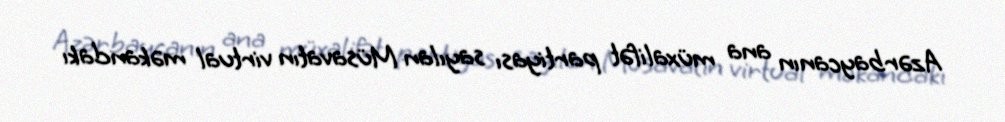
Azərbaycanın ana müxalifət partiyası sayılan Müsavatın virtual məkandakı